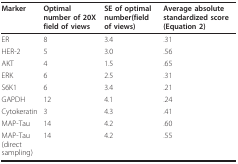
<table><thead><tr><td><b>Marker</b></td><td><b>Optimal number of 20X field of views</b></td><td><b>SE of optimal number(field of views)</b></td><td><b>Average absolute standardized score (Equation 2)</b></td></tr></thead><tbody><tr><td>ER</td><td>8</td><td>3.4</td><td>.31</td></tr><tr><td>HER-2</td><td>5</td><td>3.0</td><td>.56</td></tr><tr><td>AKT</td><td>4</td><td>1.5</td><td>.65</td></tr><tr><td>ERK</td><td>6</td><td>2.5</td><td>.31</td></tr><tr><td>S6K1</td><td>6</td><td>3.4</td><td>.21</td></tr><tr><td>GAPDH</td><td>12</td><td>4.1</td><td>.24</td></tr><tr><td>Cytokeratin</td><td>3</td><td>4.3</td><td>.41</td></tr><tr><td>MAP-Tau</td><td>14</td><td>4.2</td><td>.60</td></tr><tr><td>MAP-Tau (direct sampling)</td><td>14</td><td>4.2</td><td>.55</td></tr></tbody></table>